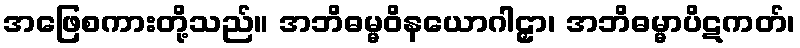
အဖြေစကားတို့သည်။ အဘိဓမ္မဝိနယောဂါဠှာ၊ အဘိဓမ္မာပိဋကတ်၊